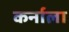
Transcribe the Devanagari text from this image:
कर्नाला